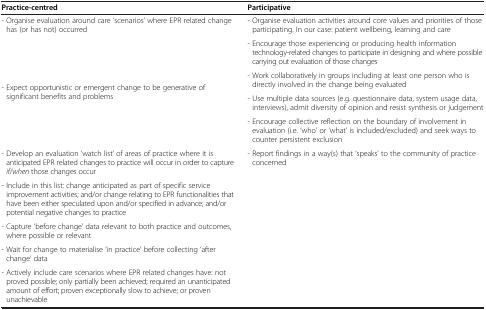
| Practice-centred | Participative |
 | --- | --- |
 | - Organise evaluation around care ‘scenarios’ where EPR related change has (or has not) occurred | - Organise evaluation activities around core values and priorities of those participating. In our case: patient wellbeing, learning and care |
 | <ROWSPAN=4> - Expect opportunistic or emergent change to be generative of significant benefits and problems | - Encourage those experiencing or producing health information technology-related changes to participate in designing and where possible carrying out evaluation of those changes |
 | - Work collaboratively in groups including at least one person who is directly involved in the change being evaluated |
 | - Use multiple data sources (e.g. questionnaire data, system usage data, interviews), admit diversity of opinion and resist synthesis or judgement |
 | - Encourage collective reflection on the boundary of involvement in evaluation (i.e. ‘who’ or ‘what’ is included/excluded) and seek ways to counter persistent exclusion |
 | - Develop an evaluation ‘watch list’ of areas of practice where it is anticipated EPR related changes to practice will occur in order to capture if/when those changes occur | - Report findings in a way(s) that ‘speaks’ to the community of practice concerned |
 | - Include in this list: change anticipated as part of specific service improvement activities; and/or change relating to EPR functionalities that have been either speculated upon and/or specified in advance; and/or potential negative changes to practice |  |
 | - Capture ‘before change’ data relevant to both practice and outcomes, where possible or relevant |  |
 | - Wait for change to materialise ‘in practice’ before collecting ‘after change’ data |  |
 | - Actively include care scenarios where EPR related changes have: not proved possible; only partially been achieved; required an unanticipated amount of effort; proven exceptionally slow to achieve; or proven unachievable |  |